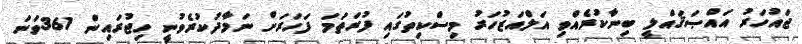
ޖައުހަރު އައްޞަޤައްލީ ބިނާކުރެއްވި އަލްއަޒުހަރު މިސްކިތުގައި ފުރަތަމަ ފަހަރަށް ނަމާދުކުރެވުނީ ހިޖުރައިން 361ވަނަ